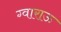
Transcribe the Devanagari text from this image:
ग्वाराऊ